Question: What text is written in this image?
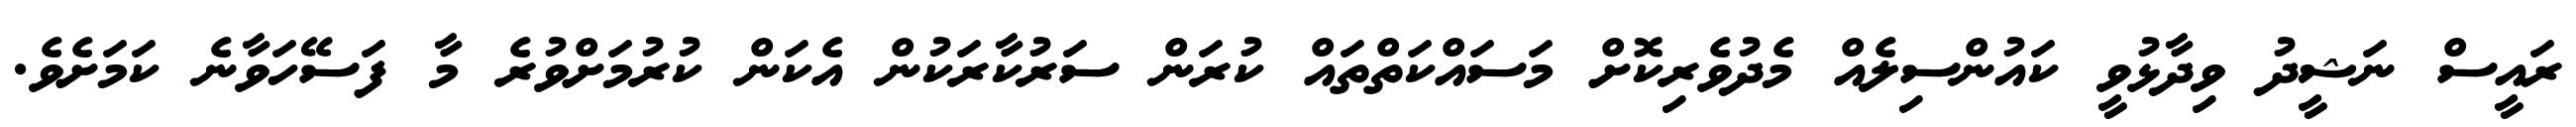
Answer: ރައީސް ނަޝީދު ވިދާޅުވީ ކައުންސިލެއް މެދުވެރިކޮށް މަސައްކަތްތައް ކުރަން ސަރުކާރަކުން އެކަން ކުރުމަށްވުރެ މާ ފަސޭހަވާނެ ކަމަށެވެ.